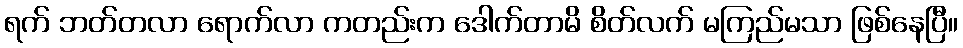
ရက် ဘတ်တလာ ရောက်လာ ကတည်းက ဒေါက်တာမိ စိတ်လက် မကြည်မသာ ဖြစ်နေပြီ။